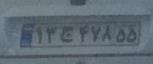
۱۳ج۴۷۸۵۵